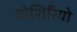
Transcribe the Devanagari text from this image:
योशिरियो